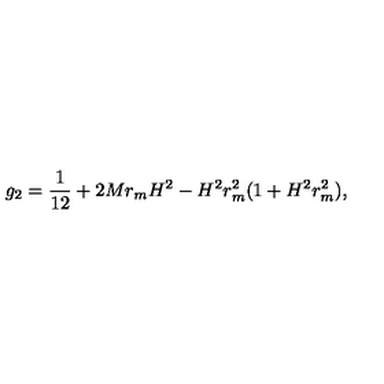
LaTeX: g _ { 2 } = \frac { 1 } { 1 2 } + 2 M r _ { m } H ^ { 2 } - H ^ { 2 } r _ { m } ^ { 2 } ( 1 + H ^ { 2 } r _ { m } ^ { 2 } ) ,